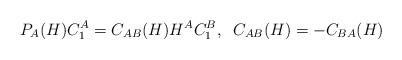
LaTeX: \begin{align*}P_A(H) C^A_1 = C_{AB}(H) H^A C^B_1, \; \;C_{AB}(H) = - C_{BA}(H)\end{align*}